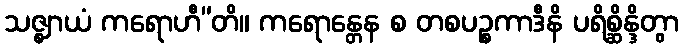
သဇ္ဈာယံ ကရောဟီ”တိ။ ကရောန္တေန စ တစပဉ္စကာဒီနိ ပရိစ္ဆိန္ဒိတွာ